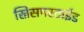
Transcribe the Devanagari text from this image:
ख्रिसमस्टाईड